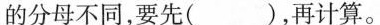
的分母不同，要先()，再计算。